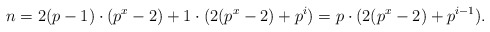
\begin{align*}n = 2(p-1)\cdot (p^x-2) + 1\cdot (2(p^x-2) + p^i) = p\cdot (2(p^x-2)+p^{i-1}). \end{align*}